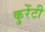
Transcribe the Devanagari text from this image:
कुरेंटी